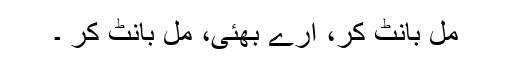
مل بانٹ کر، ارے بھئی، مل بانٹ کر ۔